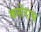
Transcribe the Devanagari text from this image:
कसेरास